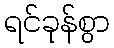
ရင်ခုန်စွာ